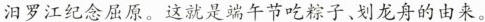
汨罗江纪念屈原。这就是端午节吃粽子、划龙舟的由来。